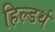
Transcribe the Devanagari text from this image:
हिल्डर्थ